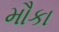
મૌકા